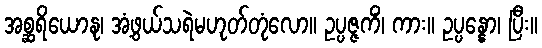
အစ္ဆရိယောနု၊ အံ့ဖွယ်သရဲမဟုတ်တုံလော။ ဥပ္ပဇ္ဇကိံ၊ ကား။ ဥပ္ပန္နော၊ ပြီး။